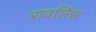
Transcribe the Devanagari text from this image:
रावलिंस